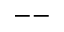
--